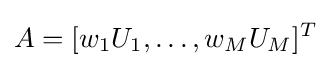
A=[w_{1}U_{1},\dots ,w_{M}U_{M}]^{T}